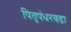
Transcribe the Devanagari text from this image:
पितृपंधरवडा